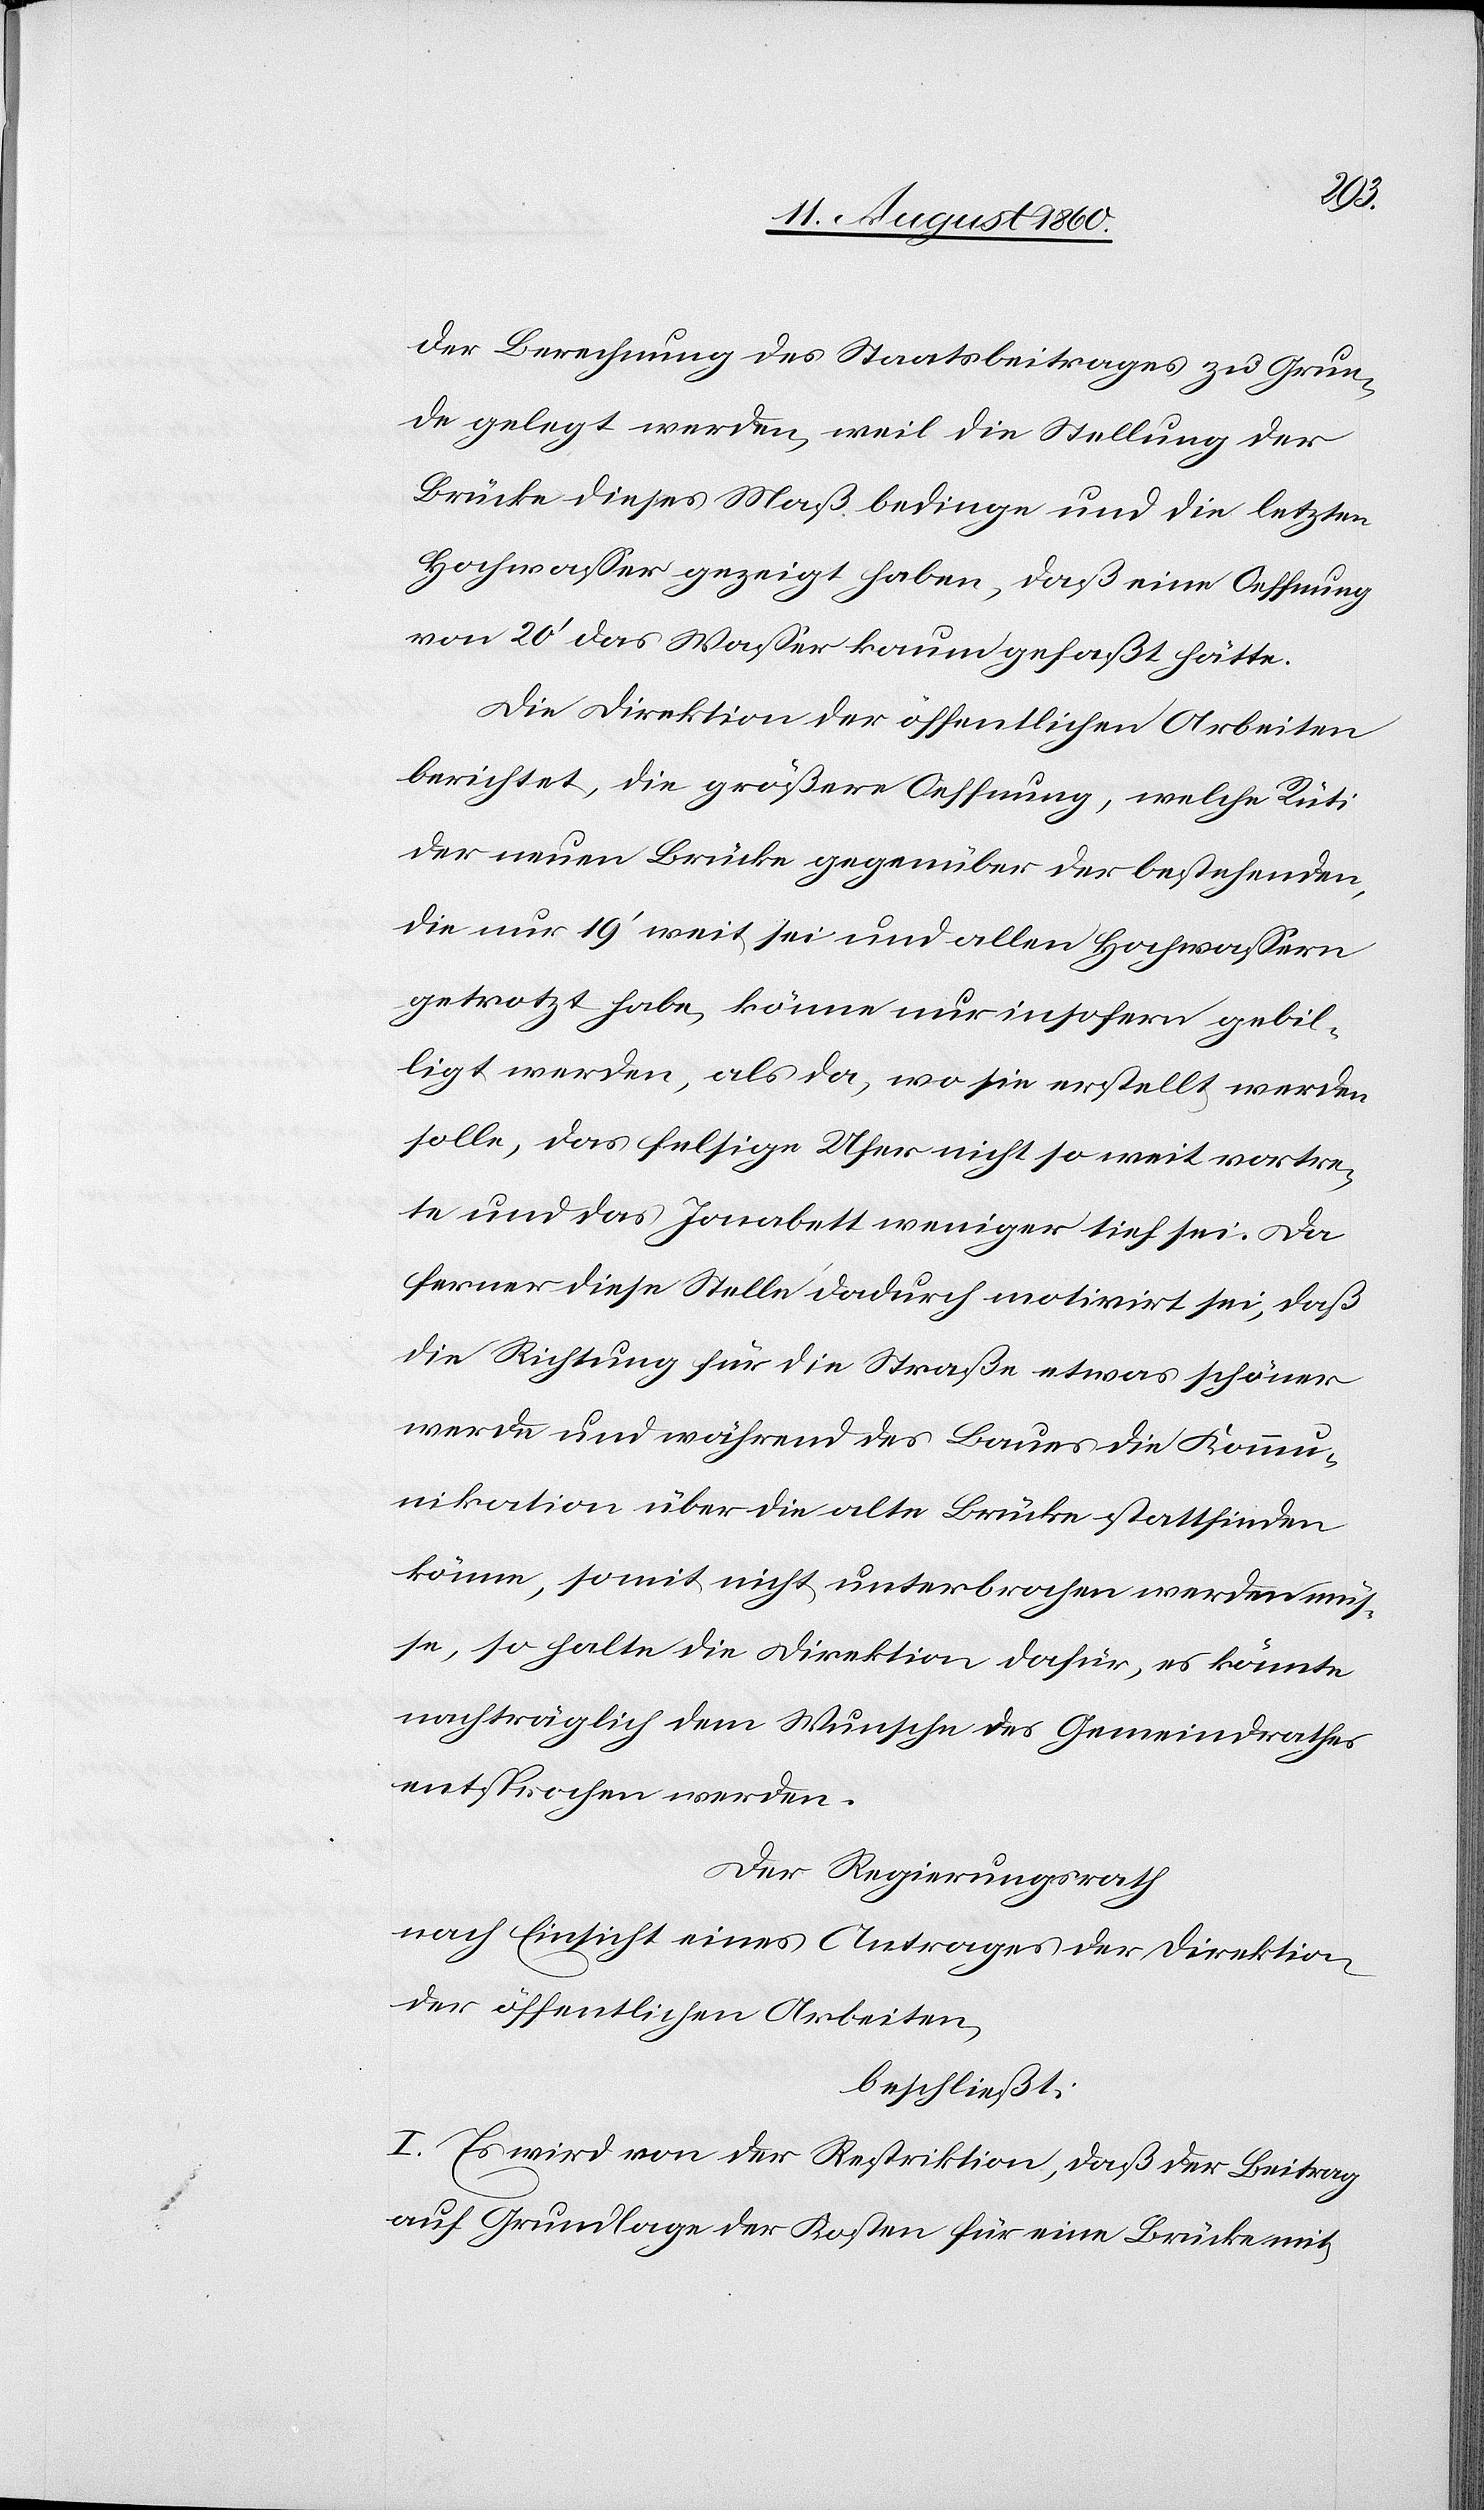
der Berechnung des Staatsbeitrages zu Grun¬
de gelegt werden, weil die Stellung der
Brücke dieses Mass bedinge und die letzten
Hochwasser gezeigt haben, daß eine Öffnung
von 20’ das Wasser kaum gefasst hätte.
Die Direktion der öffentlichen Arbeiten
berichtet, die grössere Oeffnung, welche Rüti
der neuen Brücke gegenüber der bestehenden
getrotzt habe, könne nur insofern gebil¬
ligt werden, als da, wo sie erstellt werden
solle, das felsige Ufer nicht soweit vortre¬
te und das Jonabett weniger tief sei. Da
ferner diese Stelle dadurch motivirt sei, dass
die Richtung für die Strasse etwas schöner
werde und während des Baues die Kommu¬
nikation über die alte Brücke statt finden
könne, somit nicht unterbrochen werden müs¬
se, so halte die Direktion dafür, es könnte
nachträglich dem Wunsche des Gemeindrathes
entsprochen werden.
Der Regierungsrath,
nach Einsicht eines Antrages der Direktion
der öffentlichen Arbeiten,
beschliesst:
I. Es wird von der Restriktion, dass der Beitrag
auf Grundlage der Kosten für eine Brücke mit